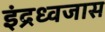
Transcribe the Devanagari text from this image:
इंद्रध्वजास